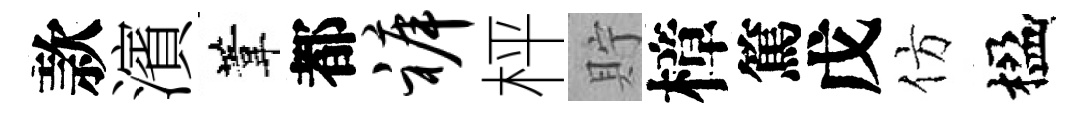
款濱葦都裤枰貯樟篤戊仿楹